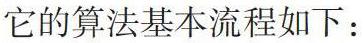
它的算法基本流程如下：